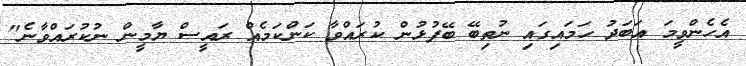
އެެހެންވީމަ އަބަދު ހަމައިގައި ނުތިބޭ ބޭފުޅުން ކުރައްވާ ކަންކަމެއް ރައީސް ޔާމީން ނުކުރައްވާނެ"